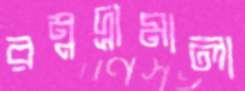
রম্নদ্রামালা